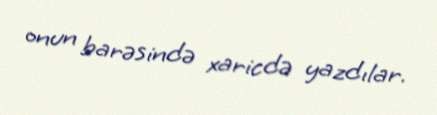
onun barəsində xaricdə yazdılar.